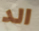
الد